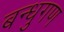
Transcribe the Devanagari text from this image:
बन्धुगण